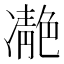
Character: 𩇝